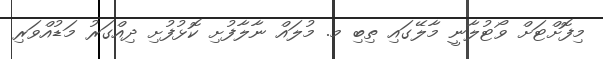
މިފޮށްޓަށް ވޯޓުލާނީ މާލޭގައި ތިބި މ. މުލައް ނާލާފުށި ކޮޅުފުށި ދިއްގަރު މަޑުއްވަރި